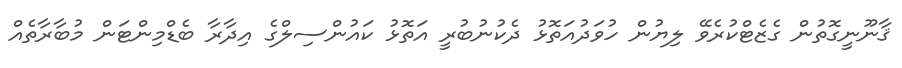
ޤާނޫނީގޮތުން ގެޒެޓްކުރެވޭ ލިޔުން ހުވަދުއަތޮޅު ދެކުނުބުރީ އަތޮޅު ކައުންސިލްގެ އިދާރާ ބެޑްމިންޓަން މުބާރާތެއް